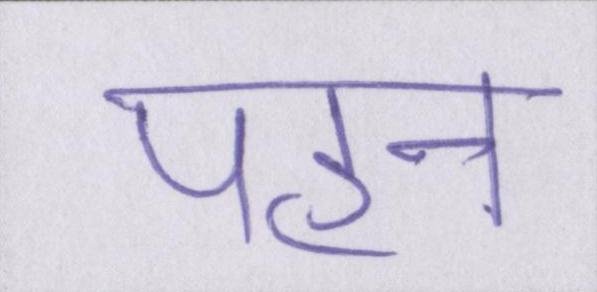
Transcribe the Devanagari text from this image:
पहन